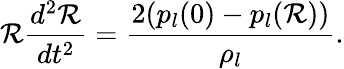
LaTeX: \mathcal{R}\frac{{d^{2}\mathcal{R}}}{{dt^{2}}}=\frac{{2(p_{l}(0)-p_{l}(\mathcal{R}))}}{{\rho_{l}}}.